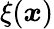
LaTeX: \xi(\boldsymbol x)